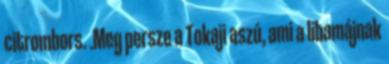
citrombors. .Meg persze a Tokaji aszú, ami a libamájnak